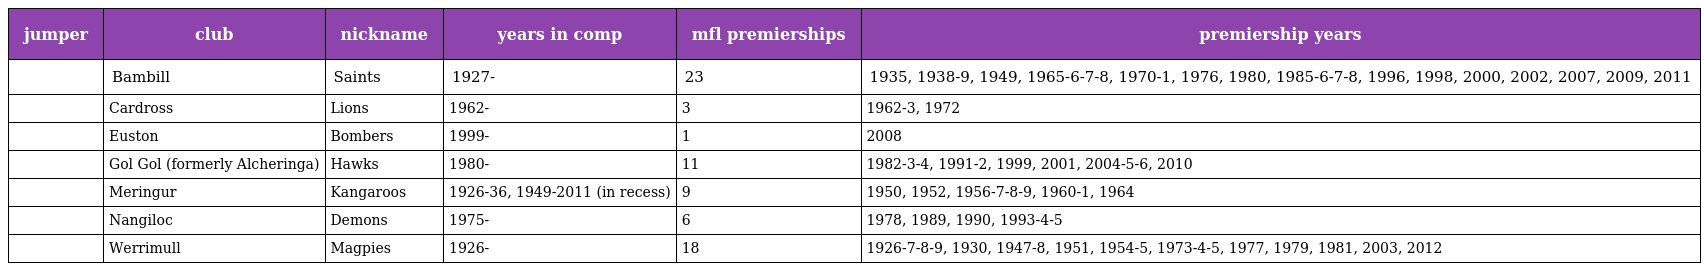
| jumper | club | nickname | years in comp | mfl premierships | premiership years |
 | --- | --- | --- | --- | --- | --- |
 |  | Bambill | Saints | 1927- | 23 | 1935, 1938-9, 1949, 1965-6-7-8, 1970-1, 1976, 1980, 1985-6-7-8, 1996, 1998, 2000, 2002, 2007, 2009, 2011 |
 |  | Cardross | Lions | 1962- | 3 | 1962-3, 1972 |
 |  | Euston | Bombers | 1999- | 1 | 2008 |
 |  | Gol Gol (formerly Alcheringa) | Hawks | 1980- | 11 | 1982-3-4, 1991-2, 1999, 2001, 2004-5-6, 2010 |
 |  | Meringur | Kangaroos | 1926-36, 1949-2011 (in recess) | 9 | 1950, 1952, 1956-7-8-9, 1960-1, 1964 |
 |  | Nangiloc | Demons | 1975- | 6 | 1978, 1989, 1990, 1993-4-5 |
 |  | Werrimull | Magpies | 1926- | 18 | 1926-7-8-9, 1930, 1947-8, 1951, 1954-5, 1973-4-5, 1977, 1979, 1981, 2003, 2012 |